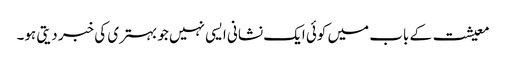
معیشت کے باب میں کوئی ایک نشانی ایسی نہیں جو بہتری کی خبر دیتی ہو۔